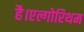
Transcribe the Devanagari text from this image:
है।एल्गोरिथम